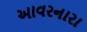
આવરનારા